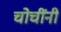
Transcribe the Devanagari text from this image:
चोचींनी